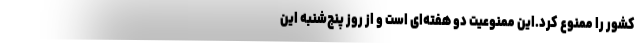
کشور را ممنوع کرد.این ممنوعیت دو هفته‌ای است و از روز پنج‌شنبه این